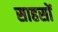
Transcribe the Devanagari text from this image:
साहसों